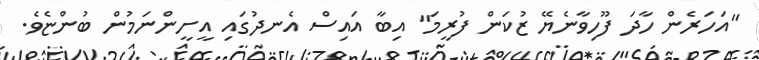
"އަހަރެން ހާދަ ފޫހިވާނެޔޭ ޒުކަން ފުރީމަ" އިބާ އައިސް އެނދުގައި އީށީންނަމުން ބުންޏެވެ.